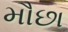
મૌછા